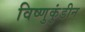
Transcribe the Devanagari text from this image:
विष्णुकुंडीन